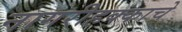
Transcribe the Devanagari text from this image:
नागरीहक्काचे